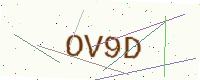
Text: OV9D